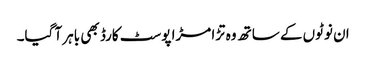
ان نوٹوں کے ساتھ وہ تڑا مڑا پوسٹ کارڈ بھی باہر آ گیا۔